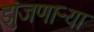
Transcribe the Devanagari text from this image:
झुंजणाऱ्या